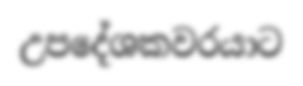
උපදේශකවරයාට